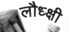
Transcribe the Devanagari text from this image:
लौध्क्षी